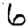
Digit: 6